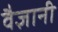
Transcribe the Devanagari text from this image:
वैज्ञानी